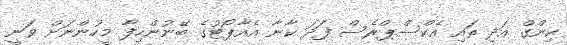
ކިންގް އަދި ތައި އެކްސްޕްރެސް ފަދަ ކާނާ އެއާޕޯޓުގެ ބޭނުންހިފާ މީހުންނަށް ވަނީ